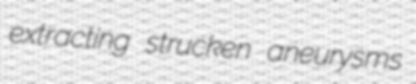
extracting strucken aneurysms